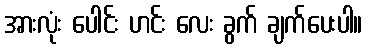
အားလုံး ပေါင်း ဟင်း လေး ခွက် ချက်ပေးပါ။